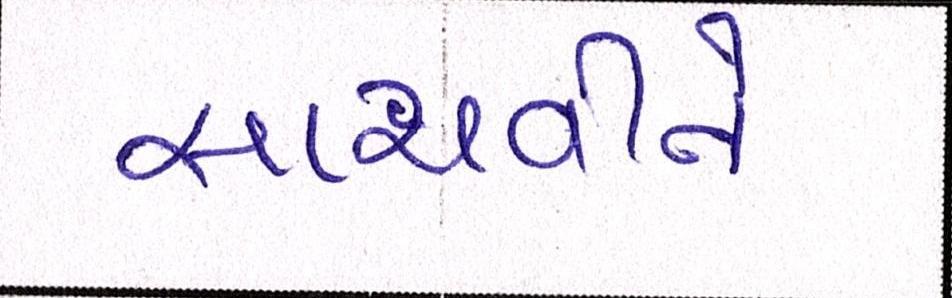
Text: સાચવીને